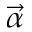
\vec { \alpha }